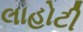
લાહોટી